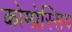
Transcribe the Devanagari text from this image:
कोम्प्रेस्सिव